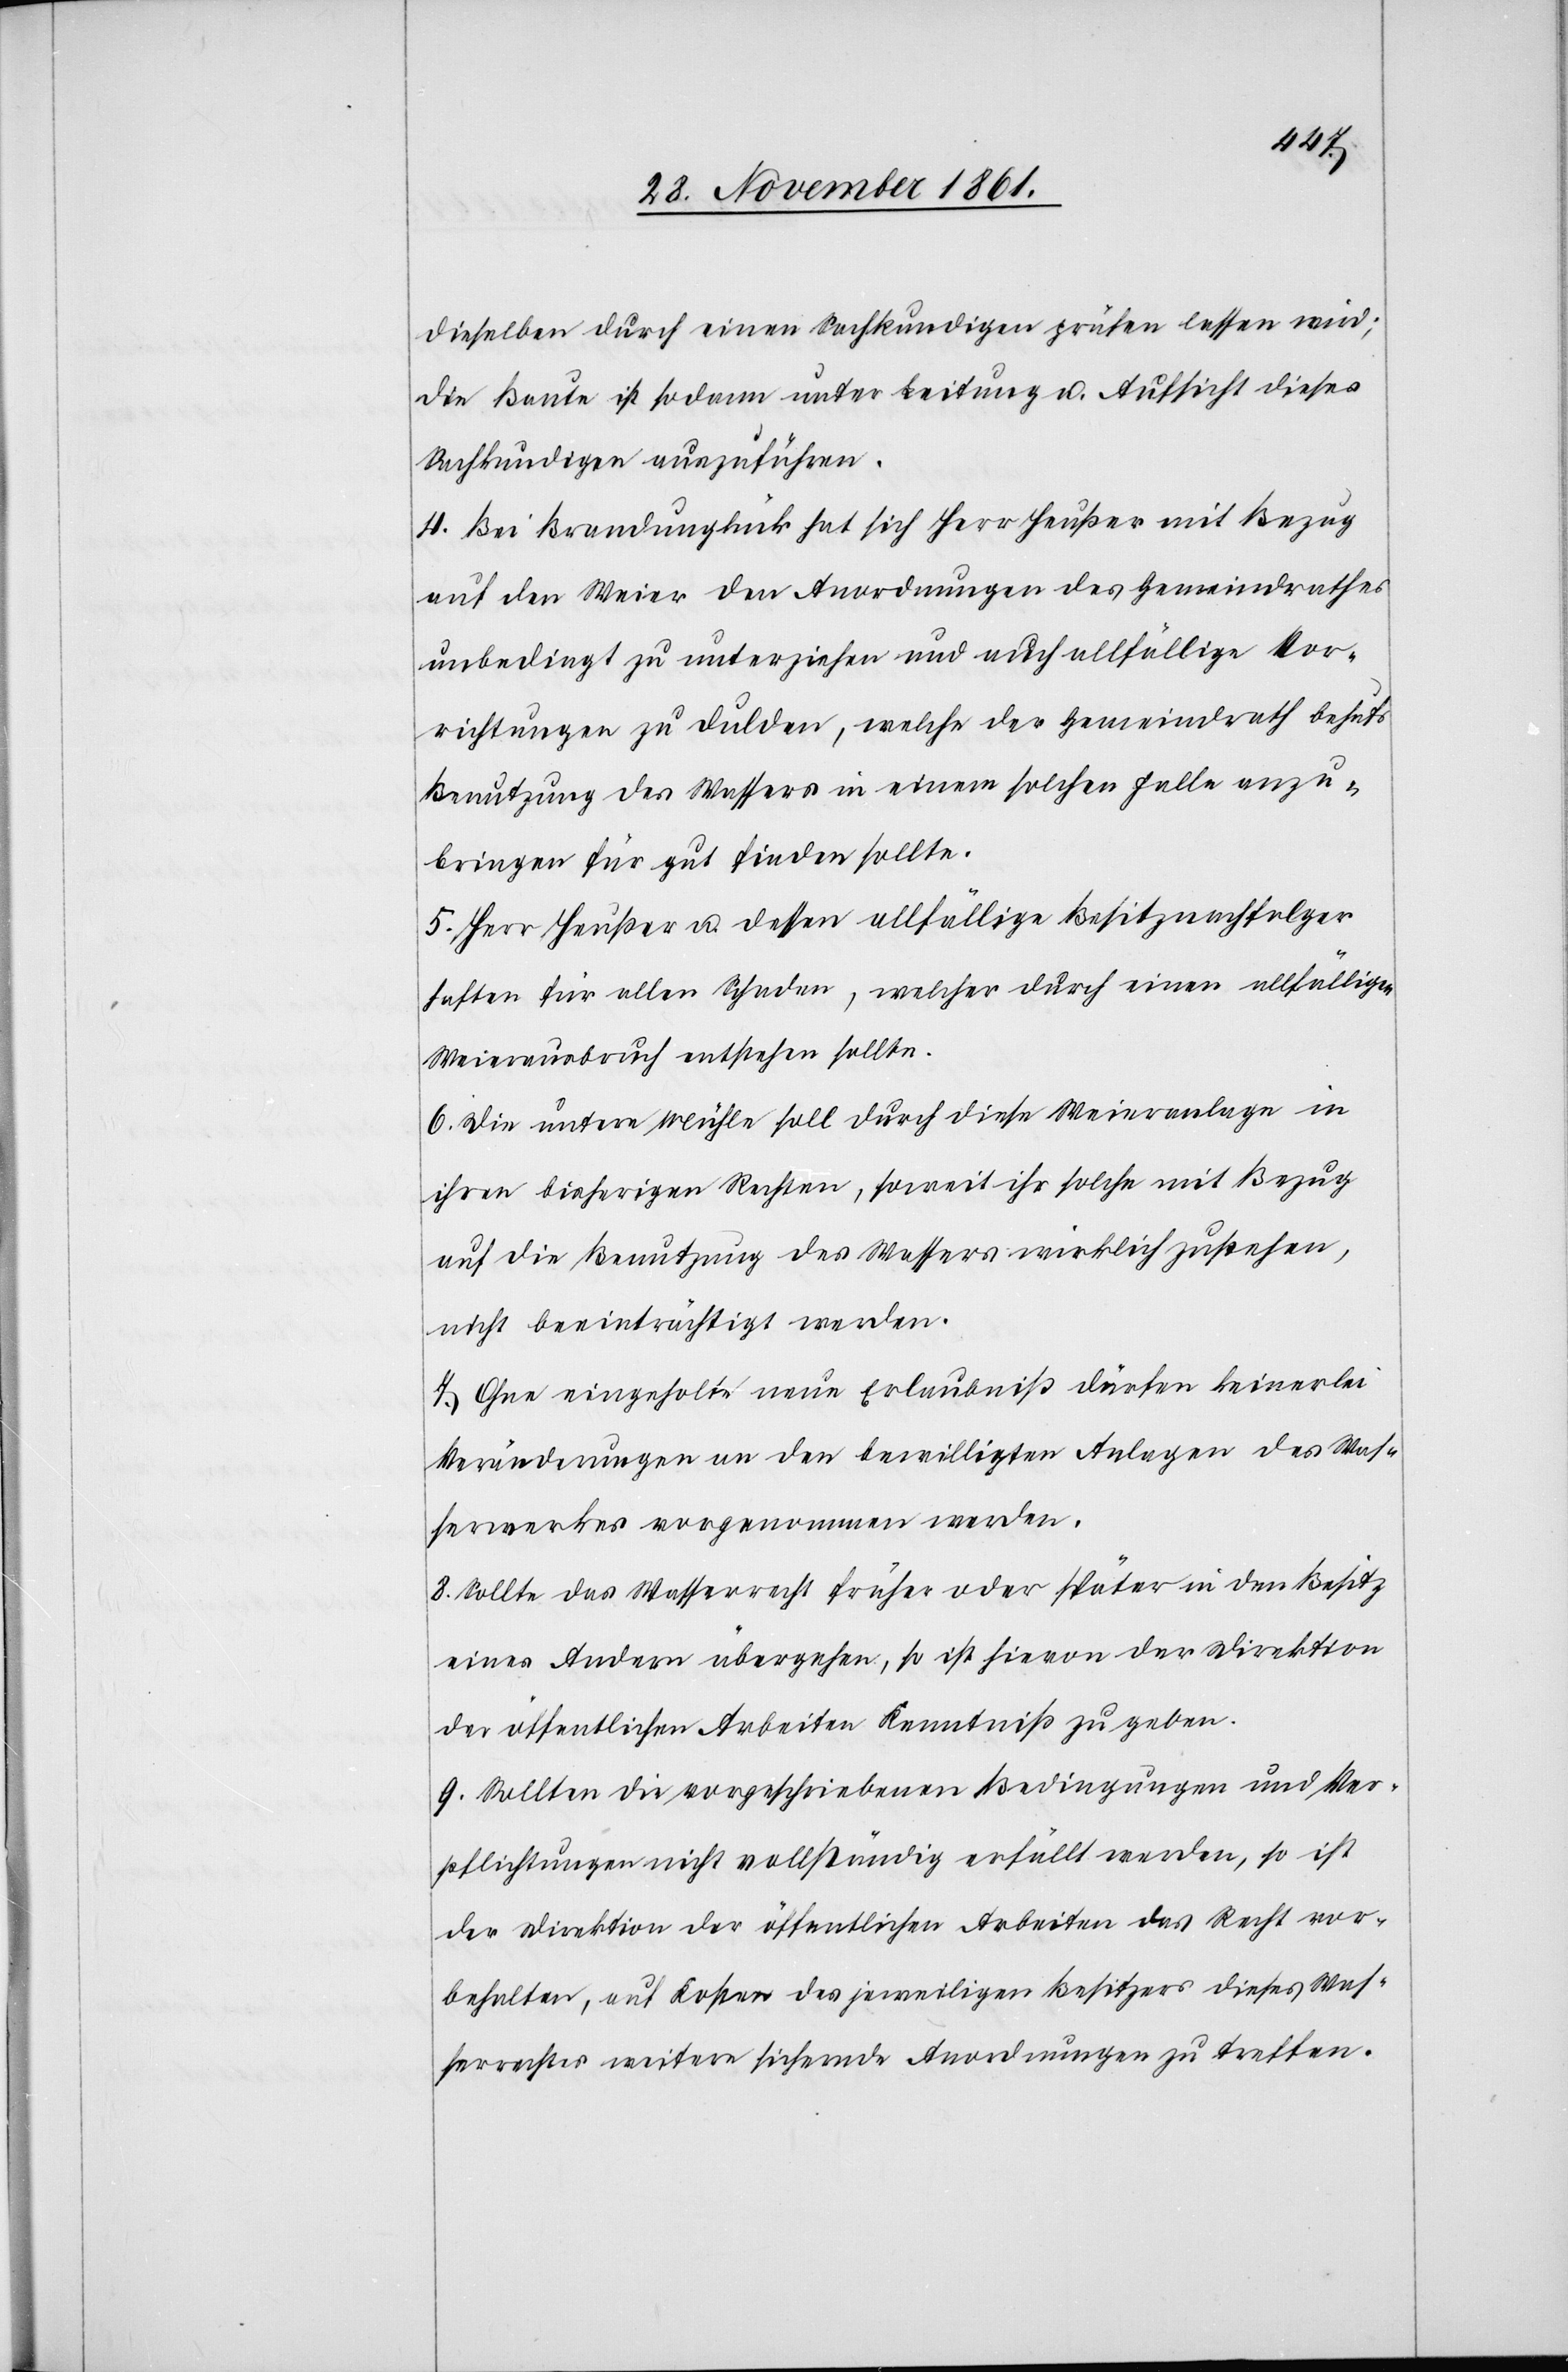
dieselben durch einen Sachkundigen prüfen lassen wird;
die Baute ist sodann unter Leitung u. Aufsicht dieses
Sachkundigen auszuführen.
4. Bei Brandunglück hat sich Herr Heußer mit Bezug
auf den Weier den Anordnungen des Gemeindrathes
unbedingt zu unterziehen und auch allfällige Vor¬
richtungen zu dulden, welche der Gemeindrath behufs
Benutzung des Wassers in einem solchen Falle anzu¬
bringen für gut finden sollte.
5. Herr Heußer u. dessen allfällige Besitznachfolger
haften für allen Schaden, welcher durch einen allfälligen
Weierausbruch entstehen sollte.
6. Die untere Mühle soll durch diese Weieranlage in
ihren bisherigen Rechten, soweit ihr solche mit Bezug
auf die Benutzung des Wassers wirklich zustehen,
nicht beeinträchtigt werden.
7. Ohne eingeholte neue Erlaubniß dürfen keinerlei
Veränderungen an den bewilligten Anlagen des Was¬
serwerkes vorgenommen werden.
8. Sollte das Wasserrecht früher oder später in den Besitz
eines Andern übergehen, so ist hievon der Direktion
der öffentlichen Arbeiten Kenntniß zu geben.
9. Sollten die vorgeschriebenen Bedingungen und Ver¬
pflichtungen nicht vollständig erfüllt werden, so ist
der Direktion der öffentlichen Arbeiten das Recht vor¬
behalten, auf Kosten des jeweiligen Besitzers dieses Was¬
serrecht weitere sichernde Anordnungen zu treffen.